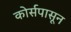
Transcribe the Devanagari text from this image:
कोर्सपासून